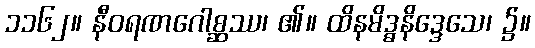
၁၁၆၂။ နီဝရဏဂေါစ္ဆဿ၊ ၏။ ထိနမိဒ္ဓနိဒ္ဒေသေ၊ ၌။